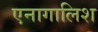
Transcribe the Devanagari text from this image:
एनागालिश